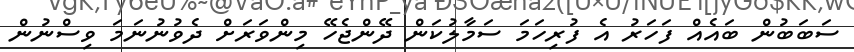
ސަބަބުން ބައެއް ފަހަރު އެ ފުރިހަމަ ސަމާލުކަން ދޭންޖެހޭ މިންވަރަށް ދެވުނުނަމަ ވިސްނުން